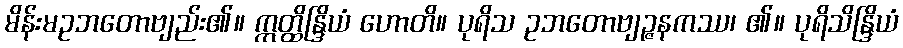
မိန်းမဥဘတောဗျည်း၏။ ဣတ္ထိန္ဒြိယံ ဟောတိ။ ပုရိသ ဥဘတောဗျဉ္ဇနကဿ၊ ၏။ ပုရိသိန္ဒြိယံ